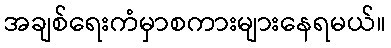
အချစ်ရေးကံမှာစကားများနေရမယ်။